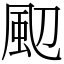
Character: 䫸